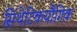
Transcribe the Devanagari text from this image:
सिंथेटिकयौगिक